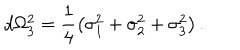
d \Omega _ { 3 } ^ { 2 } = \frac { 1 } { 4 } \left( \sigma _ { 1 } ^ { 2 } + \sigma _ { 2 } ^ { 2 } + \sigma _ { 3 } ^ { 2 } \right) .